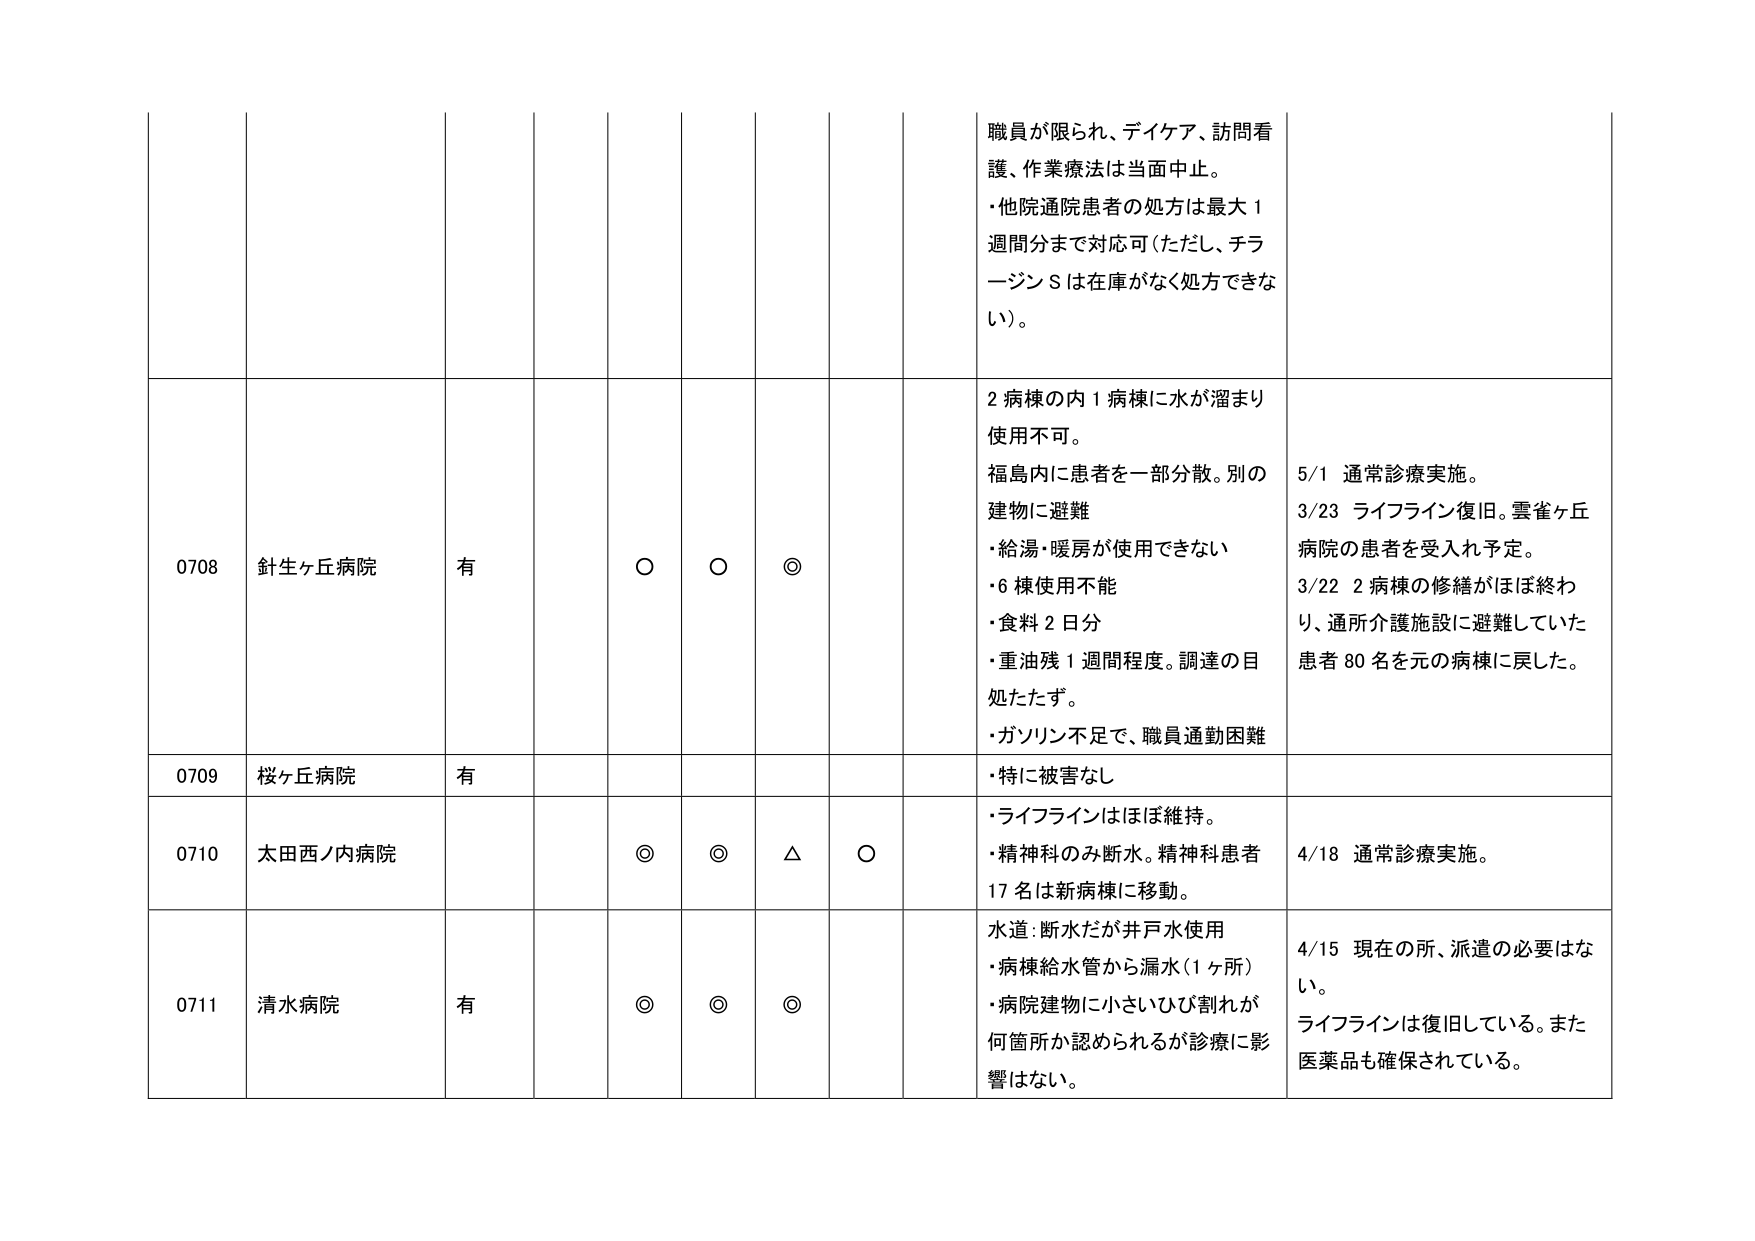
職員が限られ、デイケア、訪問看護、作業療法は当面中止。
・他院通院患者の処方は最大1週間分まで対応可（ただし、チラージンSは在庫がなく処方できない）。

2病棟の内1病棟に水が溜まり使用不可。
福島内に患者を一部分散。別の建物に避難
・給湯・暖房が使用できない
・6棟使用不能
・食料2日分
・重油残1週間程度。調達の目処たたず。
・ガソリン不足で、職員通勤困難

5/1 通常診療実施。
3/23 ライフライン復旧。雲雀ヶ丘病院の患者を受入れ予定。
3/22 2病棟の修繕がほぼ終わり、通所介護施設に避難していた患者80名を元の病棟に戻した。

0708 針生ヶ丘病院 有 ○ ○ ◎

0709 桜ヶ丘病院 有
・特に被害なし

0710 太田西ノ内病院 ◎ ◎ △ ○
・ライフラインはほぼ維持。
・精神科のみ断水。精神科患者17名は新病棟に移動。
4/18 通常診療実施。

0711 清水病院 有 ◎ ◎ ◎
水道：断水だが井戸水使用
・病棟給水管から漏水（1ヶ所）
・病院建物に小さいひび割れが何箇所か認められるが診療に影響はない。
4/15 現在の所、派遣の必要はない。
ライフラインは復旧している。また医薬品も確保されている。